65_HS1-834228961_62-HQ-83894_Section_10
Agency: FBI
Page 82
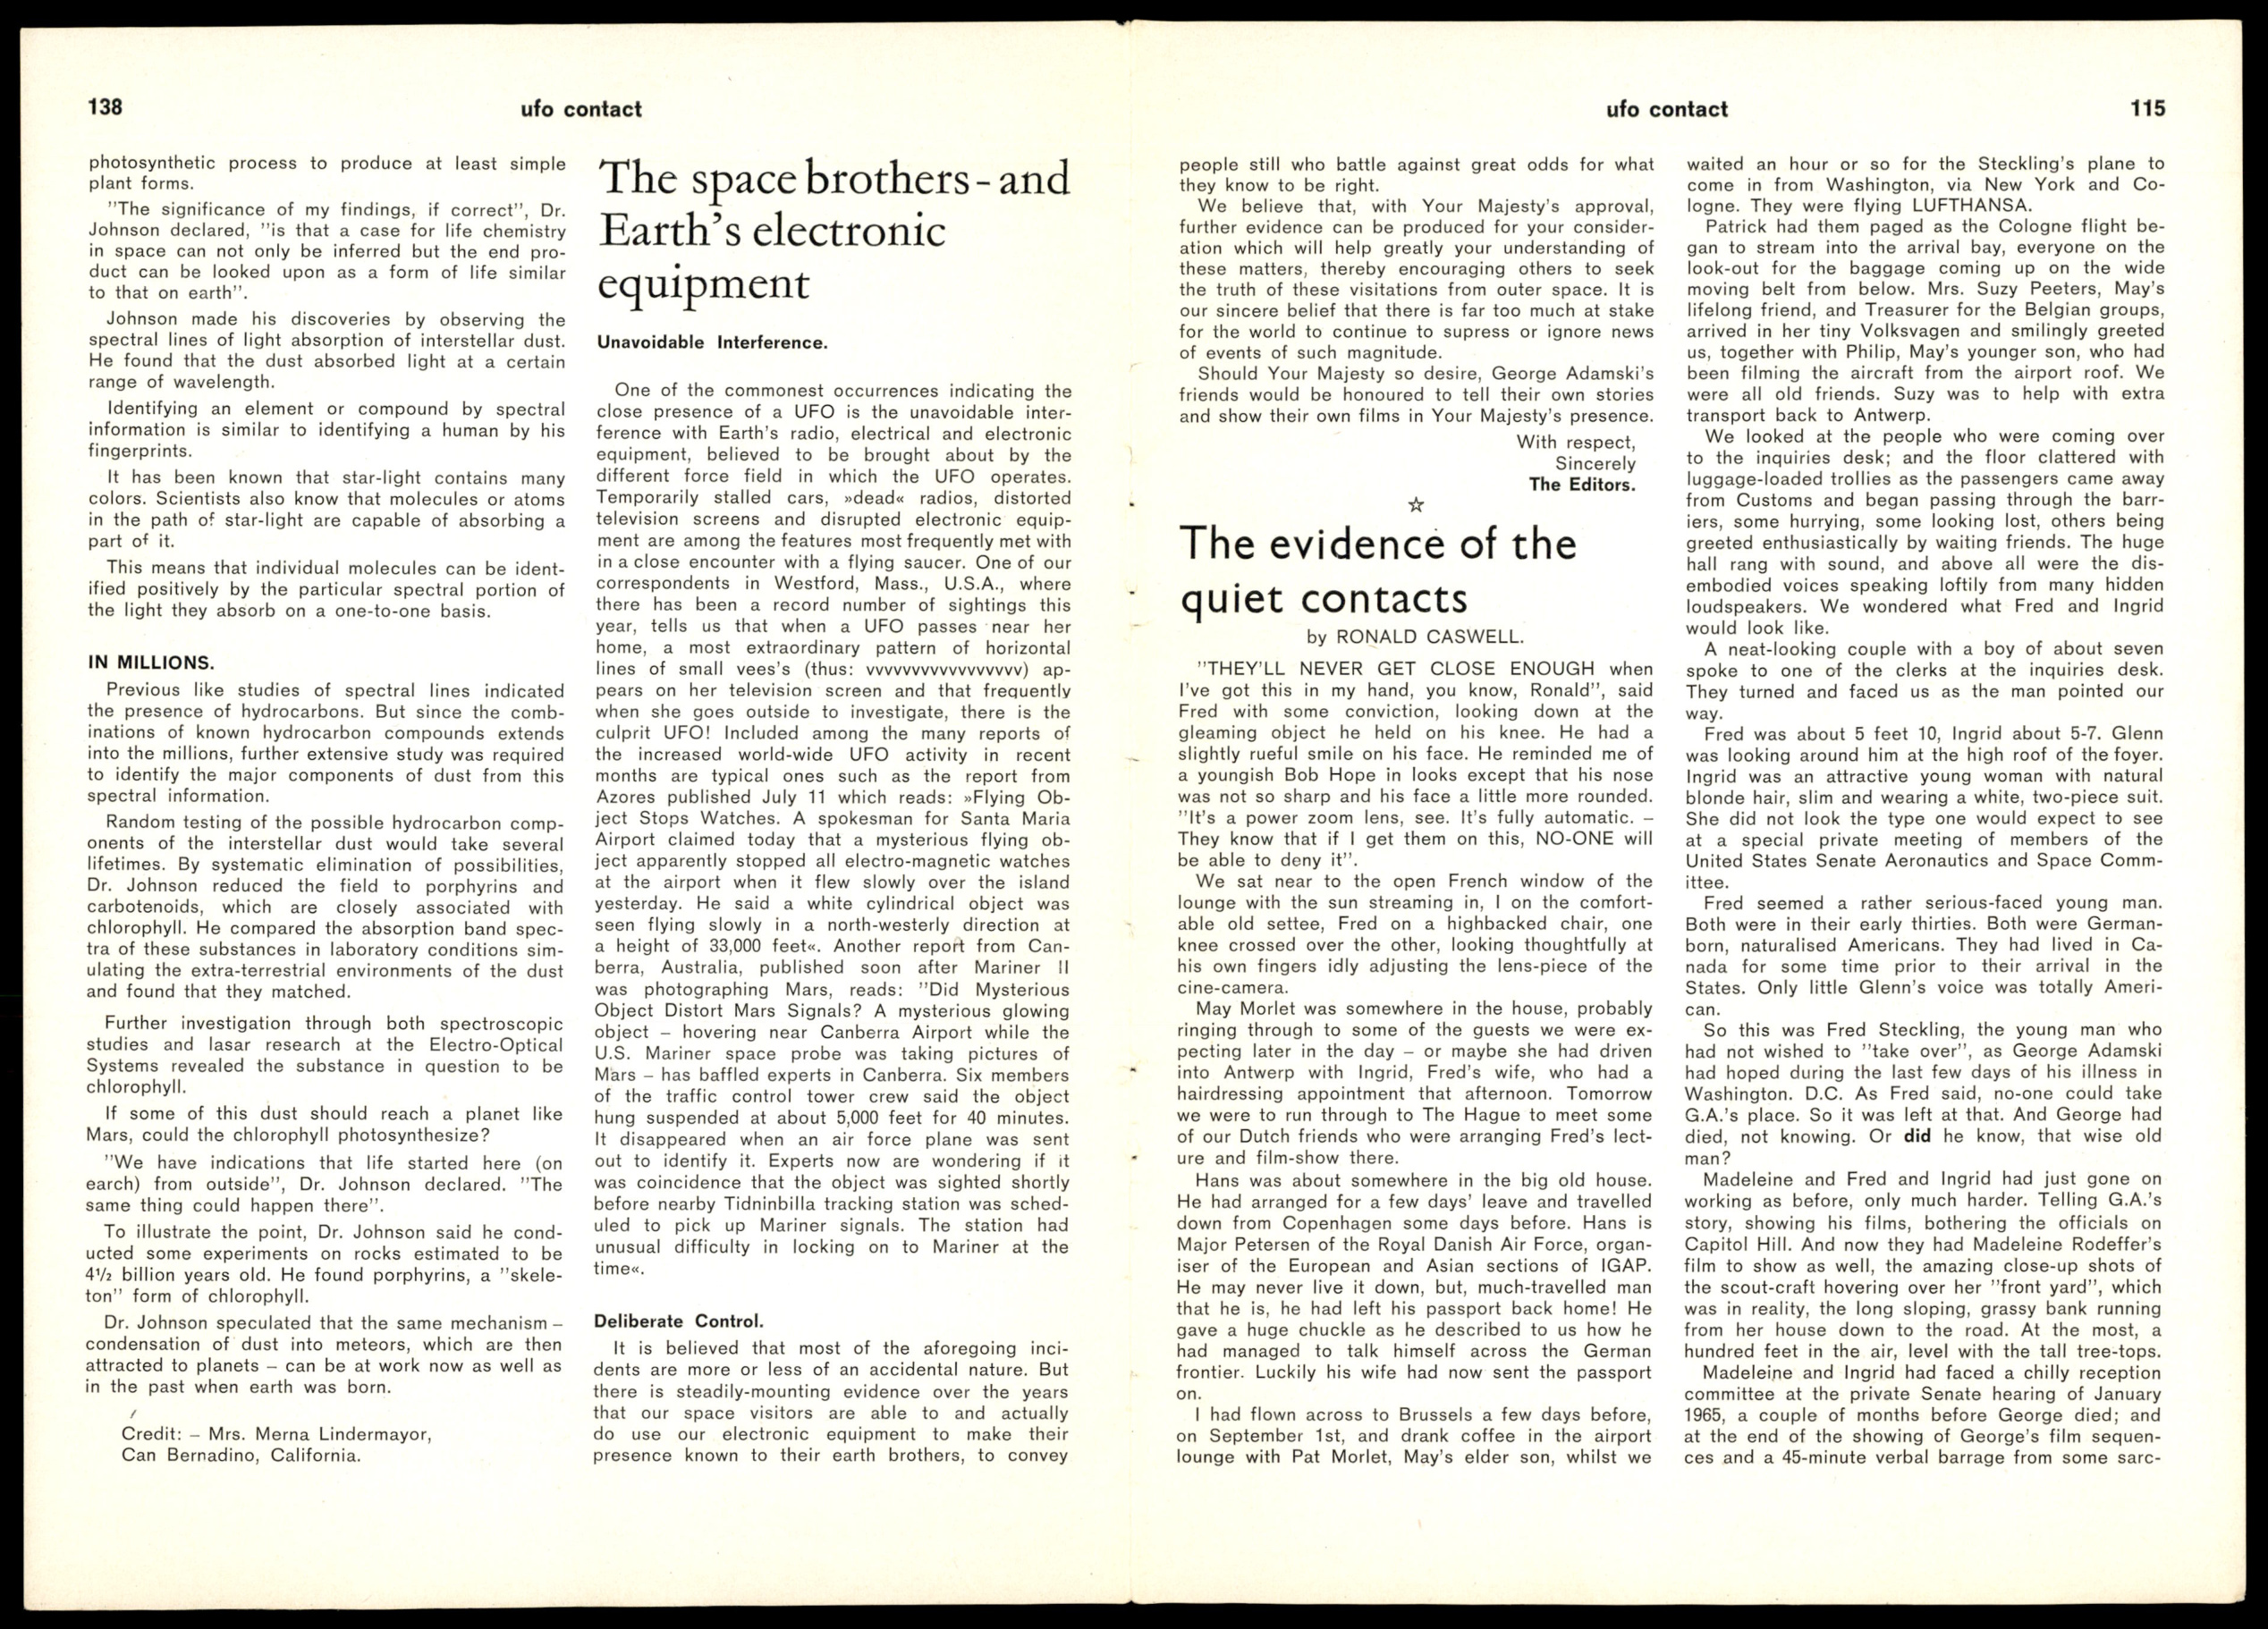